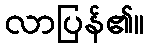
လာပြန်၏။